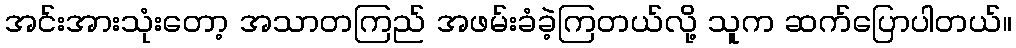
အင်းအားသုံးတော့ အသာတကြည် အဖမ်းခံခဲ့ကြတယ်လို့ သူက ဆက်ပြောပါတယ်။